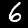
Digit: 6